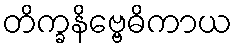
တိက္ခနိဗ္ဗေဓိကာယ